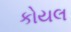
કોયલ